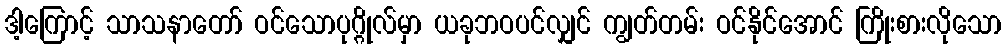
ဒါ့ကြောင့် သာသနာတော် ဝင်သောပုဂ္ဂိုလ်မှာ ယခုဘဝပင်လျှင် ကျွတ်တမ်း ဝင်နိုင်အောင် ကြိုးစားလိုသော